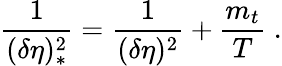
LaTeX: \frac{1}{(\delta\eta)_{*}^{2}}=\frac{1}{(\delta\eta)^{2}}+\frac{m_{t}}{T}\; .